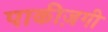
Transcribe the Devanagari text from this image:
पाकीज़गी